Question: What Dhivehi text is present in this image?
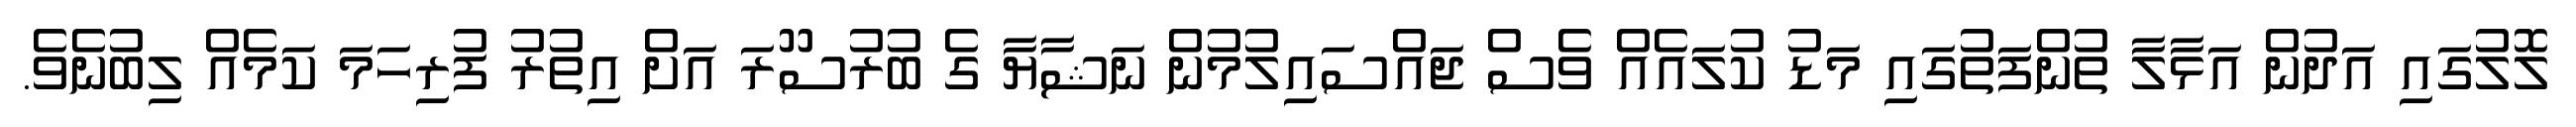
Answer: ލޮލުގައި އަދުން އަޅާލާ ތުންފަތުގައި މަޑު ކުލައެއް ވެސް ޖައްސައިލުމުން ނަޝާޔާ ގެ ބުރުސޫރަ އަށް އިތުރު ފުރިހަމަ ކަމެއް ލިބުނެވެ.